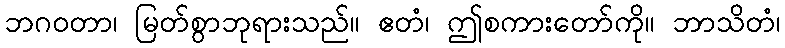
ဘဂဝတာ၊ မြတ်စွာဘုရားသည်။ ဧတံ၊ ဤစကားတော်ကို။ ဘာသိတံ၊